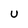
Character: U